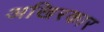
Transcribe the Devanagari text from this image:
अखिरकार